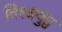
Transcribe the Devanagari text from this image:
विश्‍वयुद्व